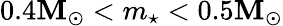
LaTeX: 0.4\mathbf{M}_{\odot}<m_{\star}<0.5\mathbf{M}_{\odot}